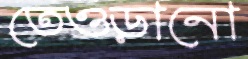
তেওড়ানো